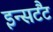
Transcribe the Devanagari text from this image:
इन्सटैंट